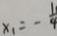
x _ { 1 } = - \frac { 1 } { 9 }